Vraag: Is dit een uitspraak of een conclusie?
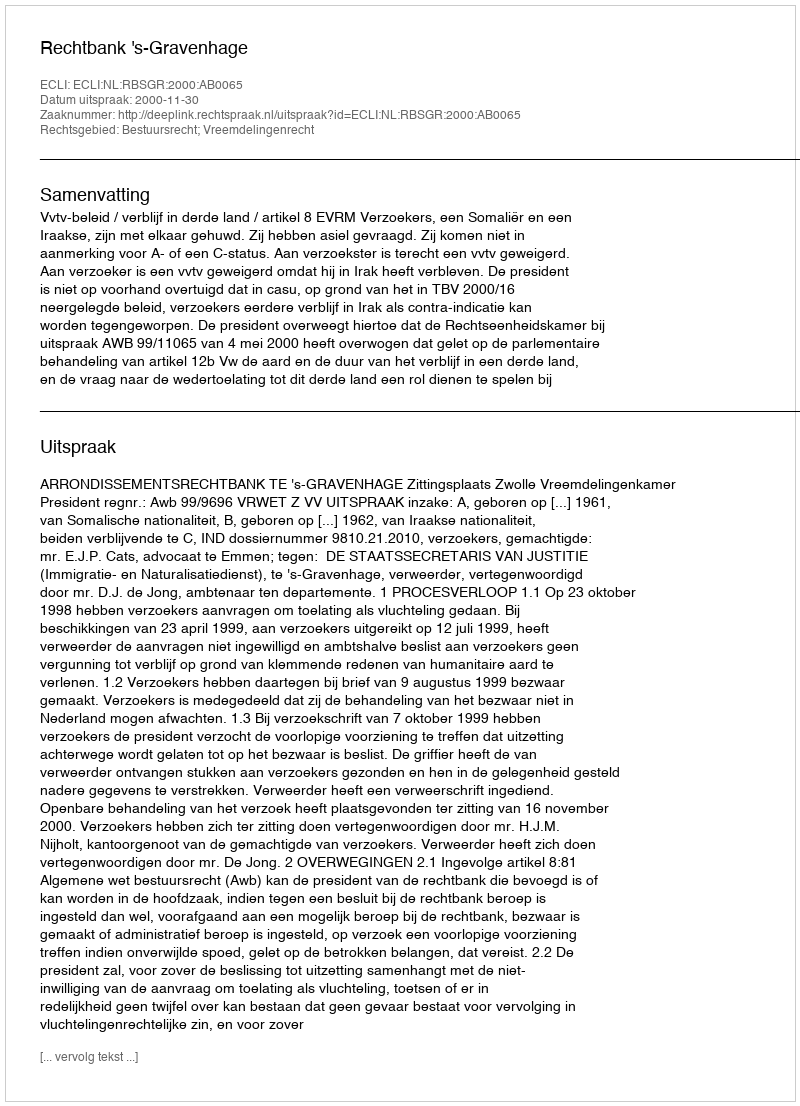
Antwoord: Uitspraak